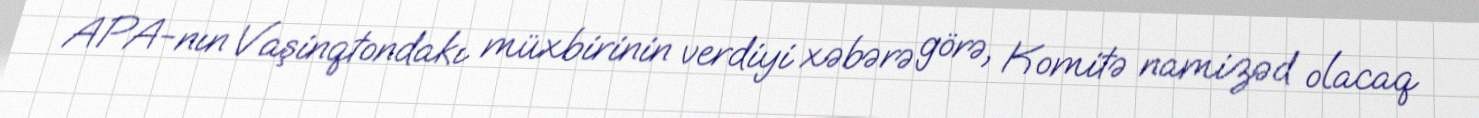
APA-nın Vaşinqtondakı müxbirinin verdiyi xəbərə görə, Komitə namizəd olacaq